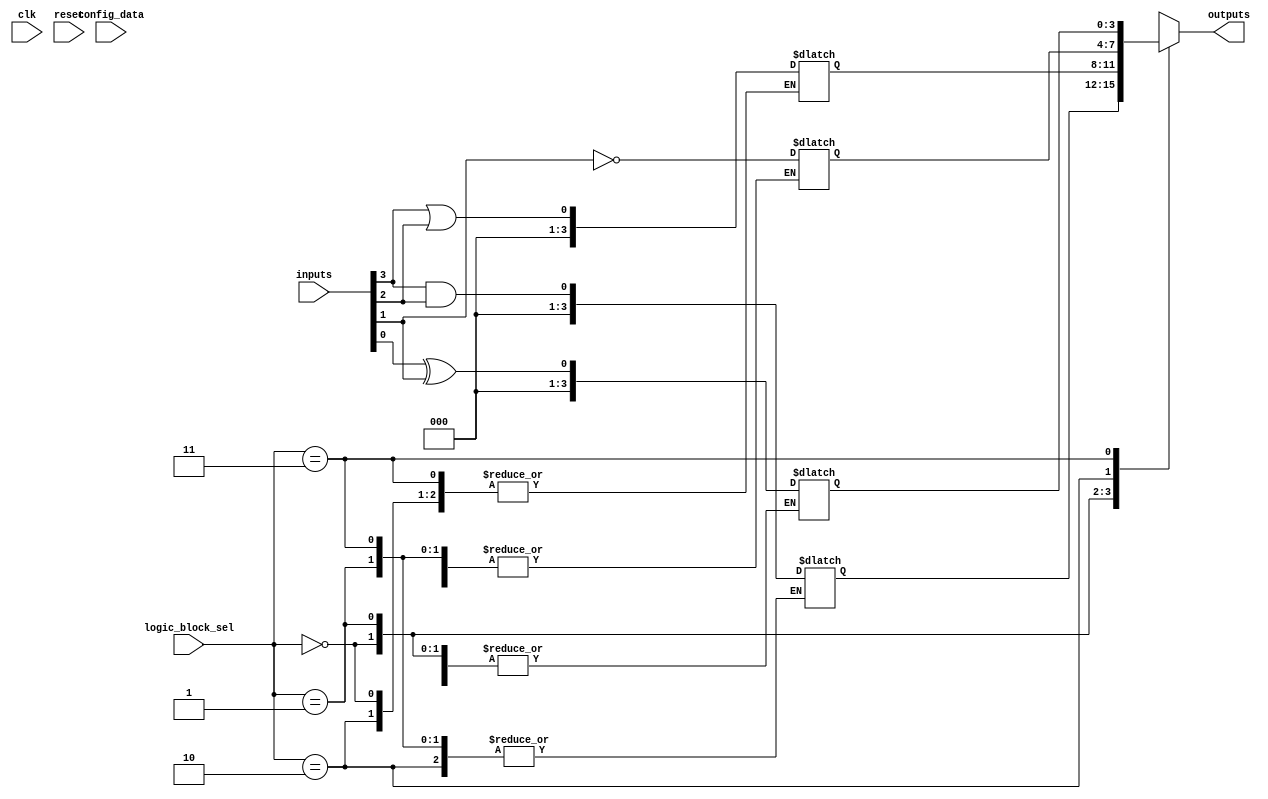
module epld (
    input wire clk,
    input wire reset,
    input wire [3:0] config_data,   // Input configuration data
    input wire [1:0] logic_block_sel, // Selects which logic block to configure
    input wire [3:0] inputs,         // Inputs to the logic block
    output wire [3:0] outputs         // Outputs from the logic block
);

    // Configuration Memory
    reg [3:0] configuration_memory [0:3]; // Configuration for 4 logic blocks

    // Logic Block Outputs
    reg [3:0] logic_block_outputs [0:3]; // Outputs from logic blocks

    // Logic Block Implementation
    always @(*) begin
        case (logic_block_sel)
            2'b00: logic_block_outputs[0] = inputs[3] & inputs[2]; // AND operation
            2'b01: logic_block_outputs[1] = inputs[3] | inputs[2]; // OR operation
            2'b10: logic_block_outputs[2] = ~inputs[1];             // NOT operation
            2'b11: logic_block_outputs[3] = inputs[0] ^ inputs[1]; // XOR operation
            default: logic_block_outputs[logic_block_sel] = 4'b0000;
        endcase
    end

    // Configuration Logic
    always @(posedge clk or posedge reset) begin
        if (reset) begin
            // Reset Configuration Memory
            configuration_memory[0] <= 4'b0000;
            configuration_memory[1] <= 4'b0000;
            configuration_memory[2] <= 4'b0000;
            configuration_memory[3] <= 4'b0000;
        end else begin
            // Load configuration data into the selected logic block
            configuration_memory[logic_block_sel] <= config_data;
        end
    end

    // Interconnect Logic
    assign outputs = logic_block_outputs[logic_block_sel];

endmodule